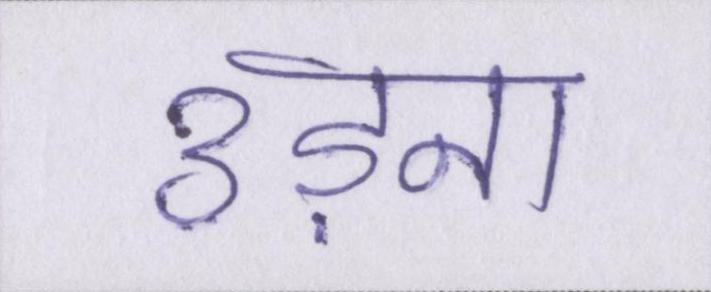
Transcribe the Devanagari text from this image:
उड़ान